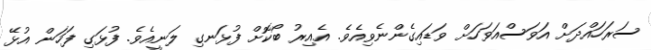
ސަރަހައްދަށް އަވަސްއަވަހަށް ވަޑައިގެންނެވިއެވެ. އެއިރު ބޯކޮށް ފުޅަނގި ލަނީއެވެ. ފުޅަގި ފަހަން އުޅޭ